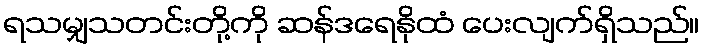
ရသမျှသတင်းတို့ကို ဆန်ဒရေနိုထံ ပေးလျက်ရှိသည်။